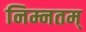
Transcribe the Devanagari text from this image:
निम्नतम्